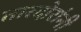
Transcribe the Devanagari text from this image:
तारदोरांनी